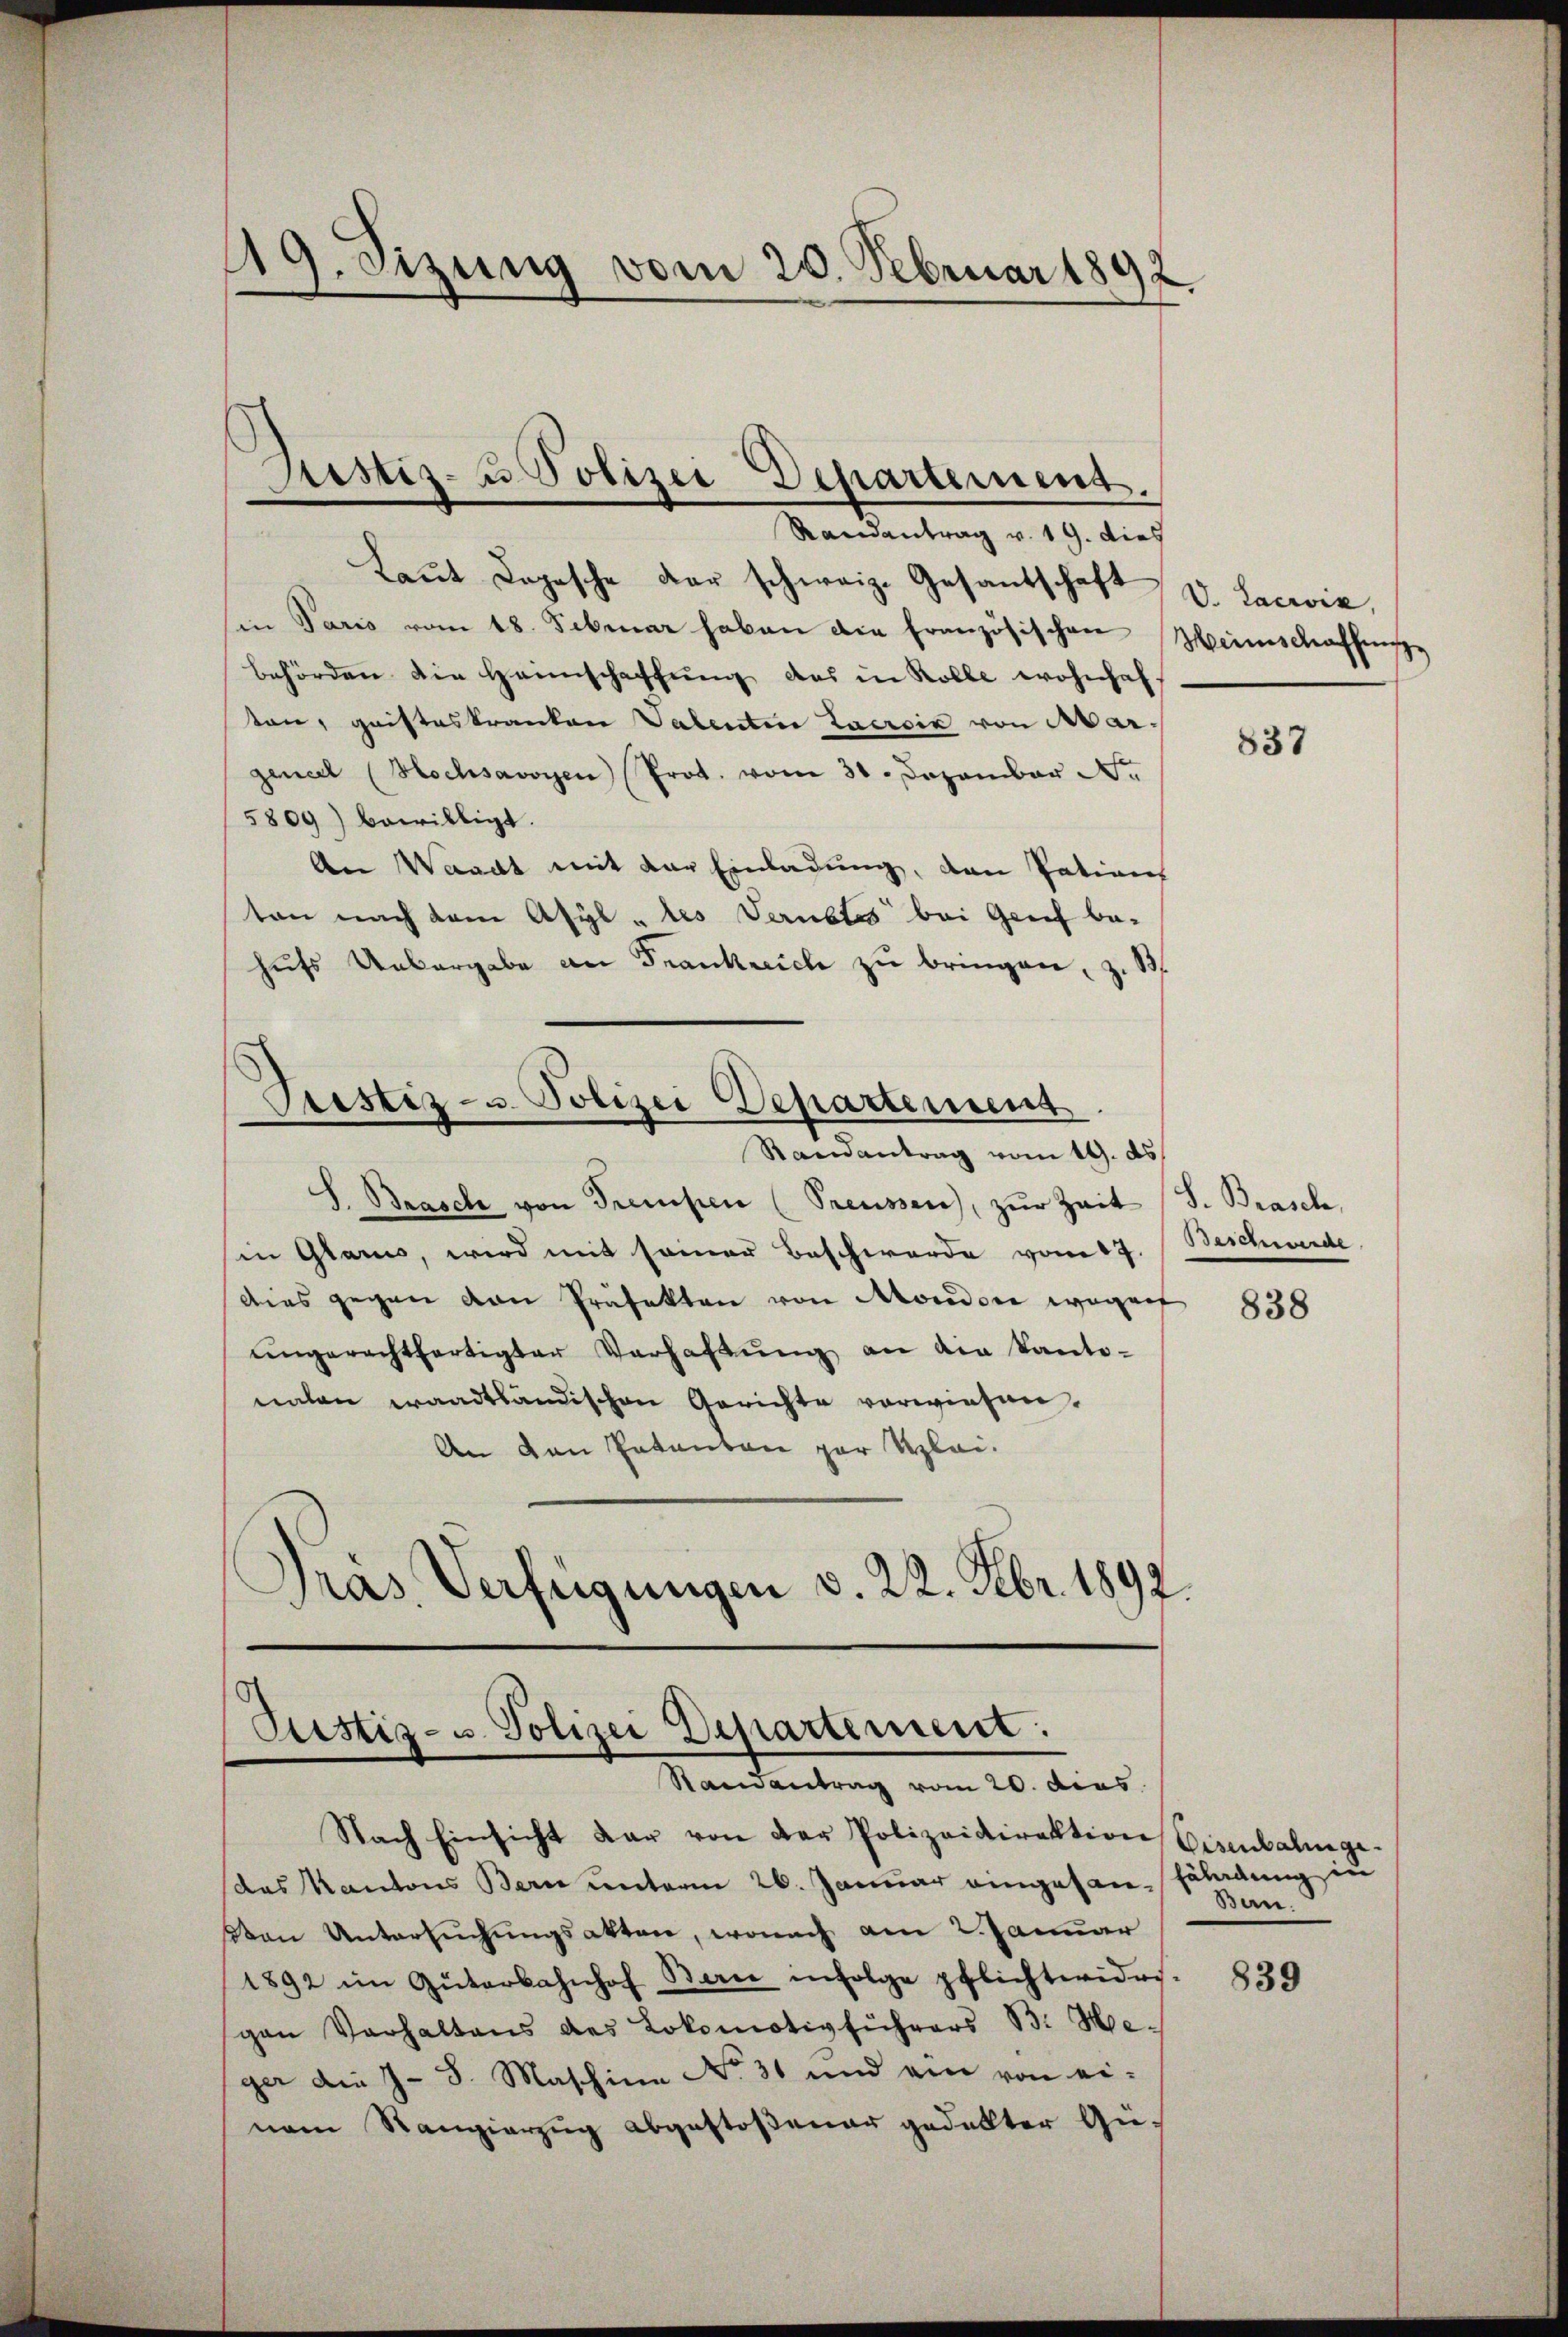
)
19. Sizung vom 20. Februar 1892
f

Randantrag v. 19. dies
Laŭt Logische der schweiz. Gesantschaft
in Paris vom 18. Februar haben die französischen
behörden die Heimschaffung des in Rolle wohnhaf-
ton, geisteskranken Valentin Lacroix von Margeneil (Hochsavoyen (Prot. vom 31. Dezember N.
5809) bewilligt.
An Waadt mit der Einladung, den Patien
ton nach dem Asyl „les Verübtes bei Grief be-
hufs Uebergabe an Frankreich zu bringen, z. B
Pustiz- u. Polizei Departement
Randantrag vom 19. ds.
S. Brasch von Treupen (Preussen, zŭr Zeit (S. Brasch,
in Glarus, wird mit seiner Beschwerde vom 17.
dies gegen von Präfekten von Mondere wegen
ŭngerechtfertigter Verhaltŭng an die Kanto-
nalen waadtländischen Gerichte verwiesen.
An den Patenten par Klei¬
Gras Verfügungen v. 22. Febr. 1892.

Justiz- u Polizei Departement.
e

Pustiz- u. Polizei Departement:
Randantrag vom 20. dies

Nach Einsicht dar von der Polizeidirektion Eisenbahnge-
(das Kantons Bern unterm 26. Januar eingesan-Fäladung in
Von Untersuchungsakten, wonach am 2. Januar
1892 im Güterbahnhof Barce infolge pflichtwidri-
gen Verhaltens des Lokomotivführers B. Meger die J. S. Maschine No. 31 und ein von ei-
nem Rangierzug abgestoßener gedekter Gü-

V. Lacroix,
Heeinschaffens

837

Beschwerde

838

Bern.

839